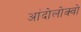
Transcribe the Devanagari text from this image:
आंदोलोक्वो